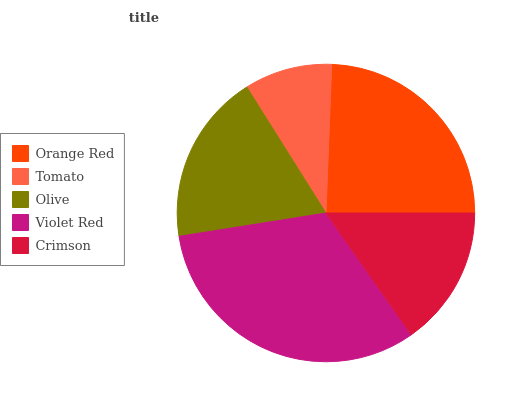
| Orange Red | Tomato | Olive | Violet Red | Crimson |
 | --- | --- | --- | --- | --- |
 | 24.4% | 9.56% | 18.6% | 32.2% | 15.3% |